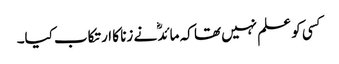
کسی کو علم نہیں تھا کہ مائدؓ نے زنا کا ارتکاب کیا۔